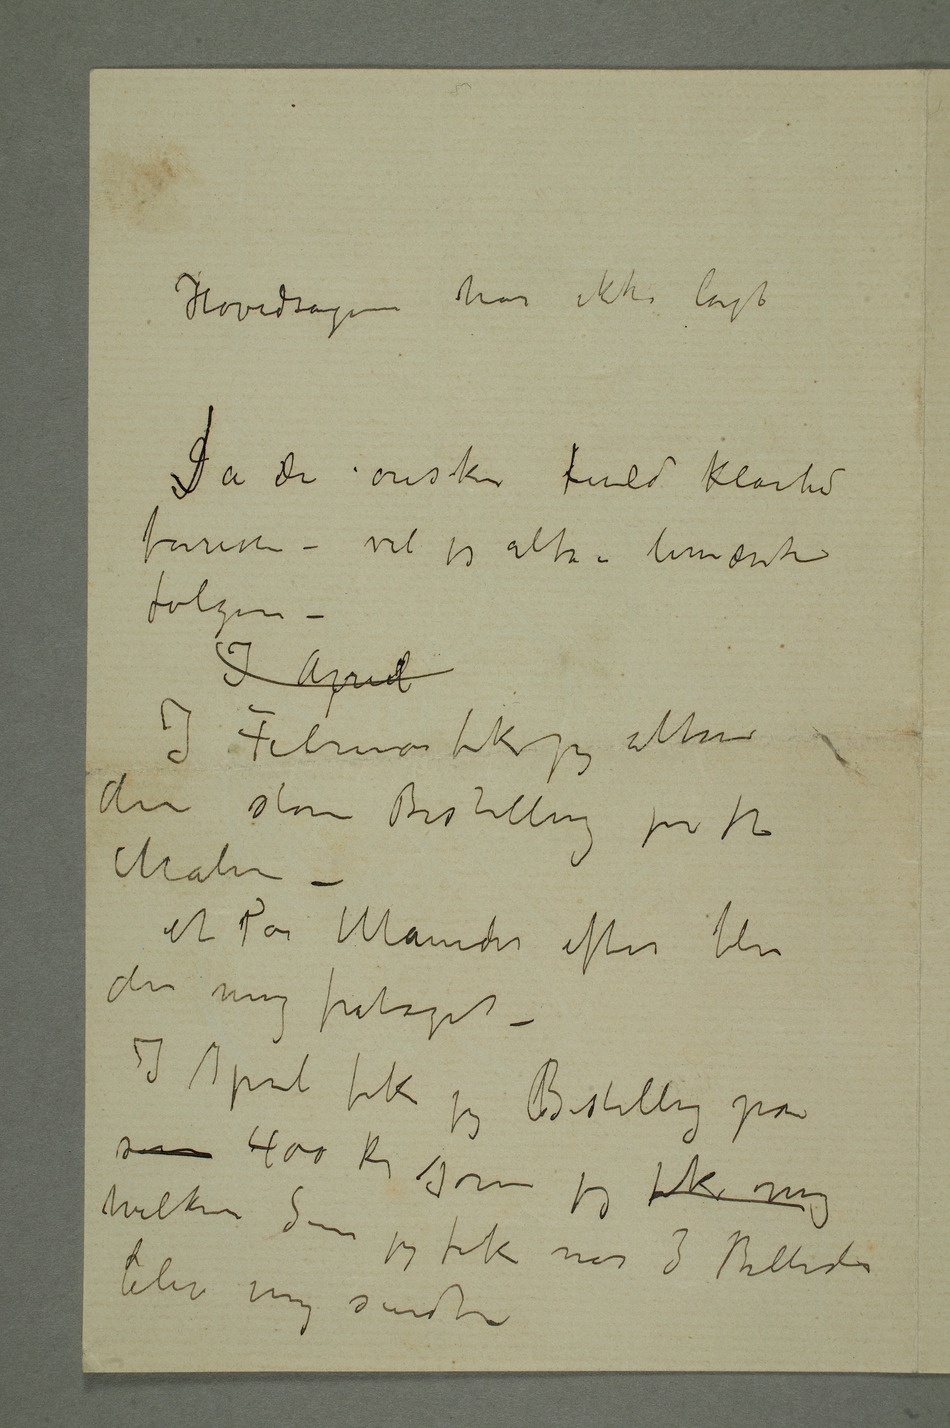
Maleri
sikkert kan